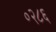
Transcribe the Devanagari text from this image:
०२८६